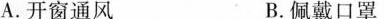
A.开窗通风 B.佩戴口罩